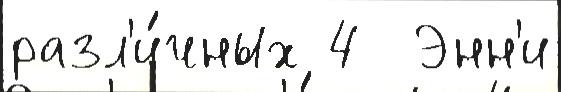
разл'и́чных 4  Энн'и